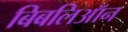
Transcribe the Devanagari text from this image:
बिबलिऑन